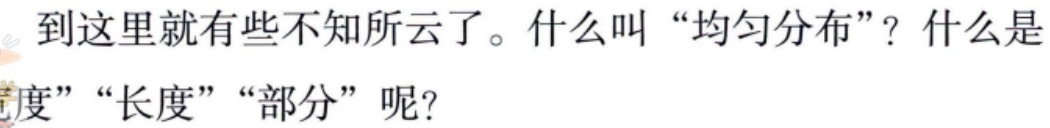
到这里就有些不知所云了。什么叫 “均匀分布”？什么是度”“长度”“部分” 呢？